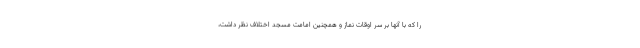
را که با آنها بر سر اوقات نماز و همچنین امامت مسجد اختلاف نظر داشت،